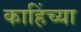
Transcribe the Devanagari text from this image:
काहिंच्या